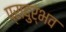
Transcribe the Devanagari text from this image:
प्रादुर्भव